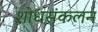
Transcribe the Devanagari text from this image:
शोधसंकलन